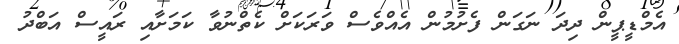
އެމްޑީޕީން ދިދަ ނަގަން ފެށުމުން އެއްވެސް ވަރަކަށް ކެތްނުވާ ކަމަށާއި ރައީސް އަބްދު